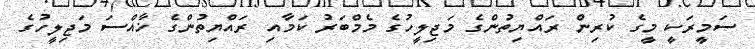
ސަމީރަކީ މީގެ ކުރިން ރައްޔިތުންގެ މަޖިލީހުގެ މެމްބަރު ކަމާއި ރައްޔިތުންގެ ޚާއްސަ މަޖިލީހުގެ